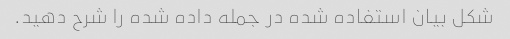
شکل بیان استفاده شده در جمله داده شده را شرح دهید.